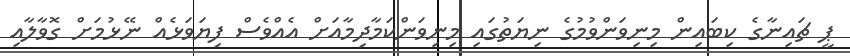
ޕީ ޗައިނާގެ ކިބައިން މިނިވަންވުމުގެ ނިޔަތުގައި މިނިވަންކަމާދިމާއަށް އެއްވެސް ފިޔަވަޅެއް ނޭޅުމަށް ގޮވާލާއި